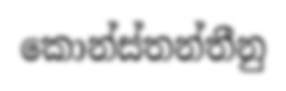
කොන්ස්තන්තීනු